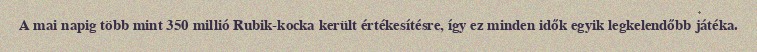
A mai napig több mint 350 millió Rubik-kocka került értékesítésre, így ez minden idők egyik legkelendőbb játéka.